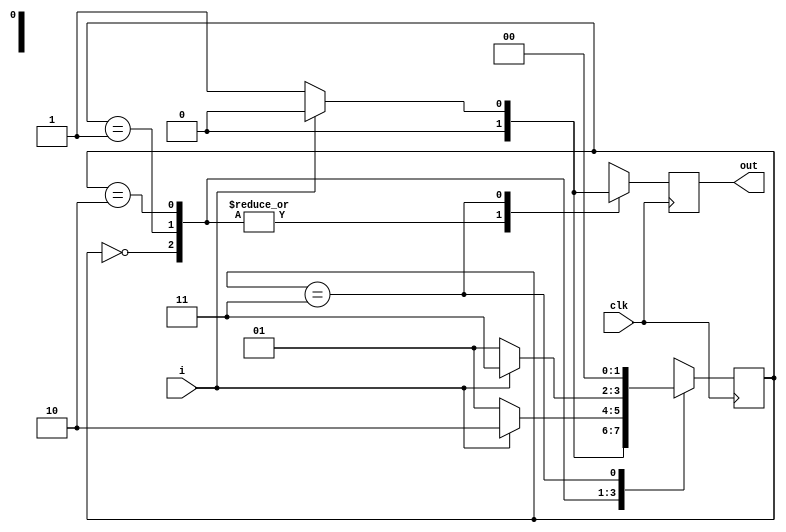
module seq_0110(i,clk,out);
input i,clk;
output reg out;
localparam S0=2'b00, S1=2'b01, S2=2'b10,S3=2'b11;
reg [1:0]state;
always@ (posedge clk)
begin
case (state)
S0: begin
out<=i?0:0;
 state<=i?S0:S1;
 end 
S1: begin 
out<=i?0:0;
 state<=i?S2:S1;
 end 
S2: begin 
out<=i?0:0;
 state<=i?S3:S1;
 end 
 S3:begin
   out<=i?0:1;
   state<=i?S0:S0;
 end
 default: 
 begin 
 out<=0;
 state<=S0; 
 end 
endcase
end
endmodule